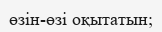
өзін-өзі оқытатын;